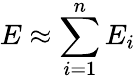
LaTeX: E\approx\sum_{i=1}^{n}E_{i}